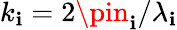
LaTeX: k_{\mathbf{i}}=2\pin_{\mathbf{i}}/\lambda_{\mathbf{i}}